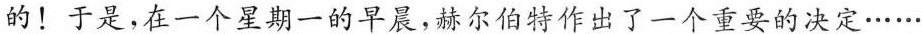
的！于是，在一个星期一的早晨，赫尔伯特作出了一个重要的决定······